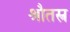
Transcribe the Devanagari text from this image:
श्रौतस्त्र